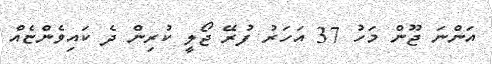
އަންނަ ޖޫން މަހު 37 އަހަރު ފުރޭ ޖޯލީ ކުރިން ދެ ކައިވެންޏެއް